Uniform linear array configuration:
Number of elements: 32
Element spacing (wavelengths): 0.75
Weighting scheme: exponential
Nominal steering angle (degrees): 60
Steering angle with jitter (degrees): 61.709
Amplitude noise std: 0.05
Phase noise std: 0.05

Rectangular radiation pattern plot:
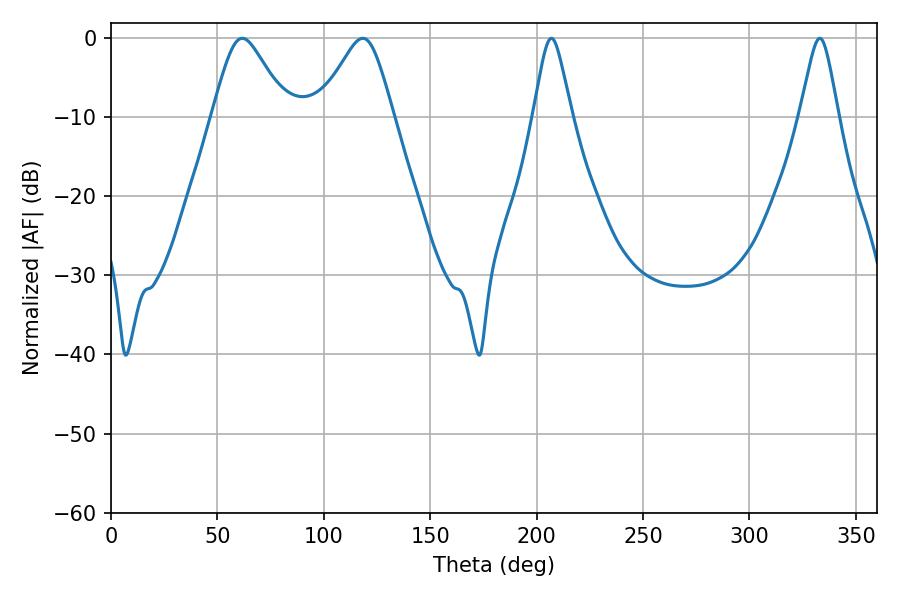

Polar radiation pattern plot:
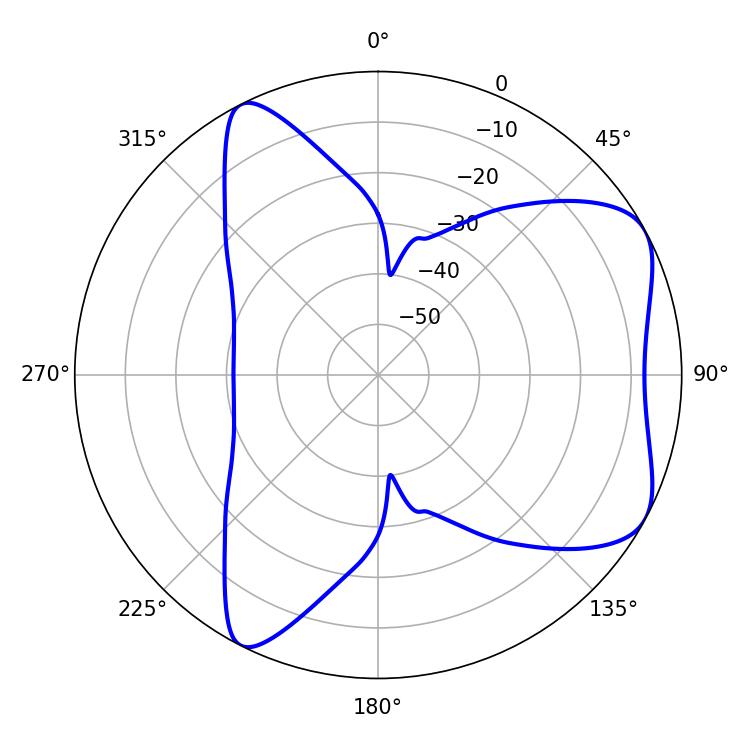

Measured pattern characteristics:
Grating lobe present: TRUE
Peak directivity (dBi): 6.137
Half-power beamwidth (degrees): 16.92
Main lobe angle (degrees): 61.74